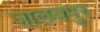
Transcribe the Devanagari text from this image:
जालबपुर